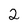
Character: 2